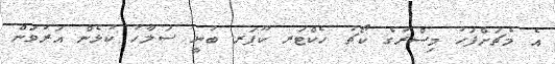
އެ މެޗަށްފަހު މިސްރުގެ ކޯޗު ހެކްޓަރ ކޫޕަރ ބުނީ ސަލާހު ކުޅެން އަރުވަން